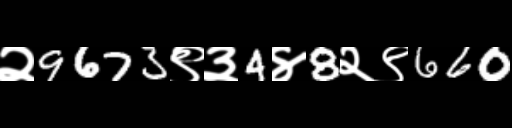
Text: २9673९३4४8२९660